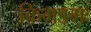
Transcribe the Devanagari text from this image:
किंगडमः